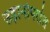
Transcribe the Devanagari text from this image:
उड़ानोपरांत